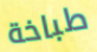
طباخة